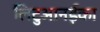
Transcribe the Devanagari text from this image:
लिटुआनईका